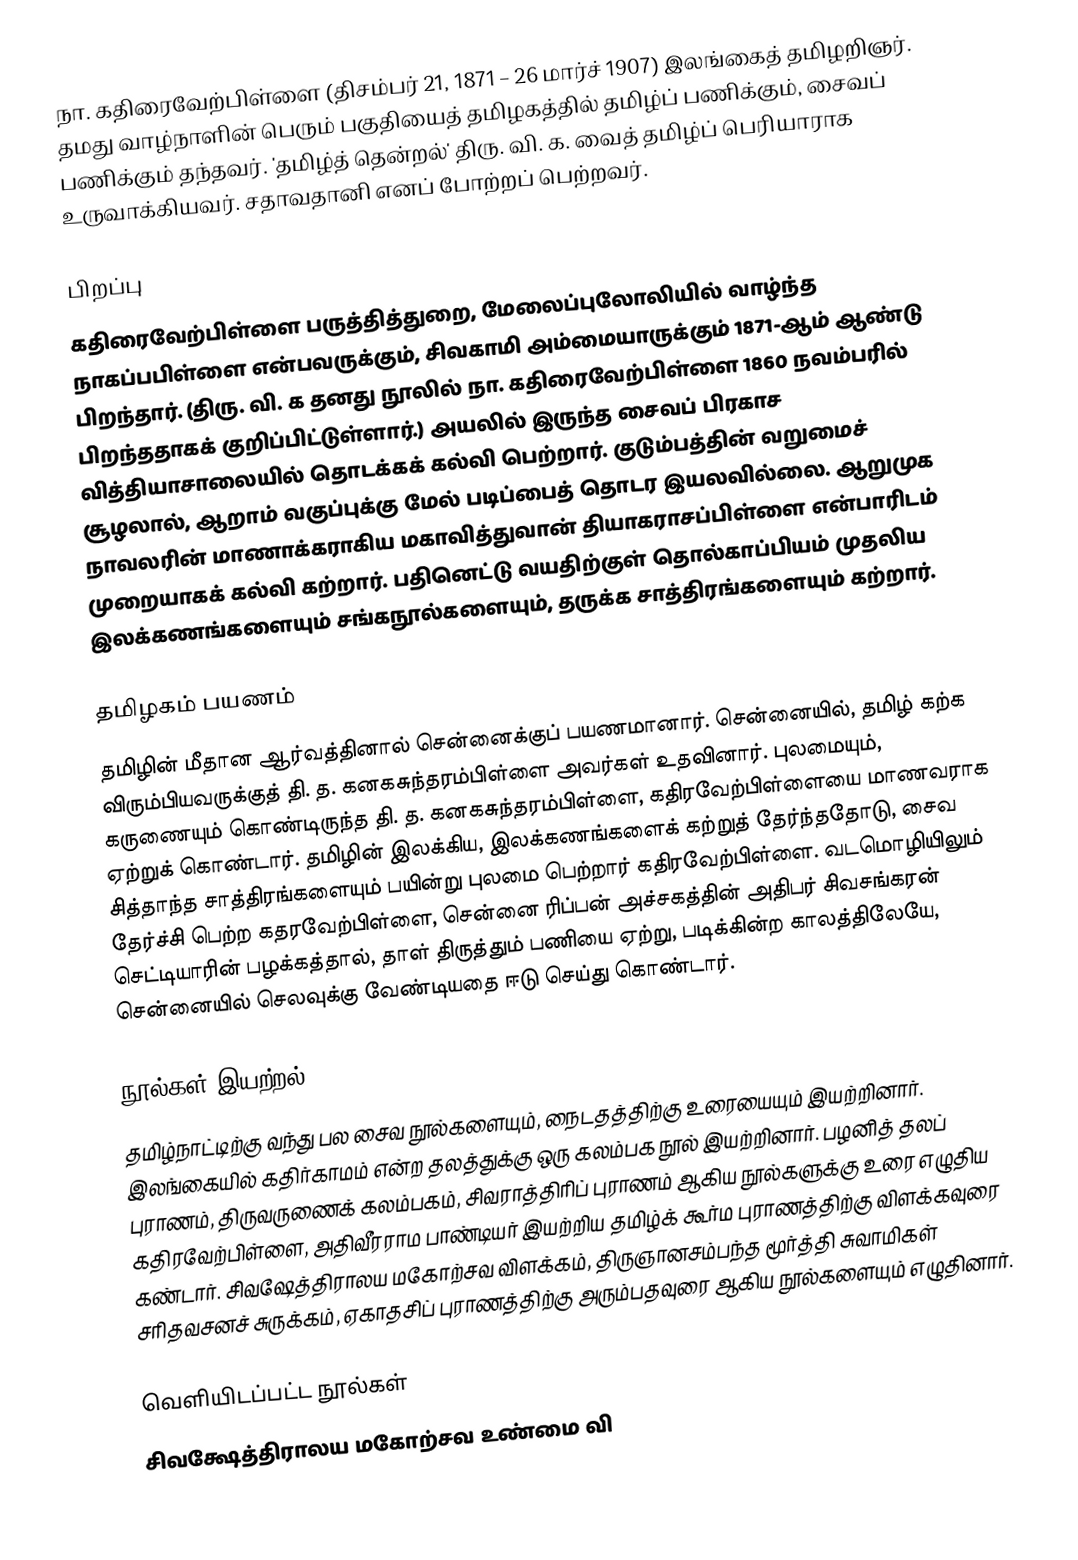
நா. கதிரைவேற்பிள்ளை (திசம்பர் 21, 1871 – 26 மார்ச் 1907) இலங்கைத் தமிழறிஞர். தமது வாழ்நாளின் பெரும் பகுதியைத் தமிழகத்தில் தமிழ்ப் பணிக்கும், சைவப் பணிக்கும் தந்தவர். 'தமிழ்த் தென்றல்' திரு. வி. க. வைத் தமிழ்ப் பெரியாராக உருவாக்கியவர். சதாவதானி எனப் போற்றப் பெற்றவர்.

பிறப்பு
கதிரைவேற்பிள்ளை பருத்தித்துறை, மேலைப்புலோலியில் வாழ்ந்த நாகப்பபிள்ளை என்பவருக்கும், சிவகாமி அம்மையாருக்கும் 1871-ஆம் ஆண்டு பிறந்தார். (திரு. வி. க தனது நூலில் நா. கதிரைவேற்பிள்ளை 1860 நவம்பரில் பிறந்ததாகக் குறிப்பிட்டுள்ளார்.) அயலில் இருந்த சைவப் பிரகாச வித்தியாசாலையில் தொடக்கக் கல்வி பெற்றார். குடும்பத்தின் வறுமைச் சூழலால், ஆறாம் வகுப்புக்கு மேல் படிப்பைத் தொடர இயலவில்லை. ஆறுமுக நாவலரின் மாணாக்கராகிய மகாவித்துவான் தியாகராசப்பிள்ளை என்பாரிடம் முறையாகக் கல்வி கற்றார். பதினெட்டு வயதிற்குள் தொல்காப்பியம் முதலிய இலக்கணங்களையும் சங்கநூல்களையும், தருக்க சாத்திரங்களையும் கற்றார்.

தமிழகம் பயணம்
தமிழின் மீதான ஆர்வத்தினால் சென்னைக்குப் பயணமானார். சென்னையில், தமிழ் கற்க விரும்பியவருக்குத் தி. த. கனகசுந்தரம்பிள்ளை அவர்கள் உதவினார். புலமையும், கருணையும் கொண்டிருந்த தி. த. கனகசுந்தரம்பிள்ளை, கதிரவேற்பிள்ளையை மாணவராக ஏற்றுக் கொண்டார். தமிழின் இலக்கிய, இலக்கணங்களைக் கற்றுத் தேர்ந்ததோடு, சைவ சித்தாந்த சாத்திரங்களையும் பயின்று புலமை பெற்றார் கதிரவேற்பிள்ளை. வடமொழியிலும் தேர்ச்சி பெற்ற கதரவேற்பிள்ளை, சென்னை ரிப்பன் அச்சகத்தின் அதிபர் சிவசங்கரன் செட்டியாரின் பழக்கத்தால், தாள் திருத்தும் பணியை ஏற்று, படிக்கின்ற காலத்திலேயே, சென்னையில் செலவுக்கு வேண்டியதை ஈடு செய்து கொண்டார்.

நூல்கள் இயற்றல்
தமிழ்நாட்டிற்கு வந்து பல சைவ நூல்களையும், நைடதத்திற்கு உரையையும் இயற்றினார். இலங்கையில் கதிர்காமம் என்ற தலத்துக்கு ஒரு கலம்பக நூல் இயற்றினார். பழனித் தலப் புராணம், திருவருணைக் கலம்பகம், சிவராத்திரிப் புராணம் ஆகிய நூல்களுக்கு உரை எழுதிய கதிரவேற்பிள்ளை, அதிவீரராம பாண்டியர் இயற்றிய தமிழ்க் கூர்ம புராணத்திற்கு விளக்கவுரை கண்டார். சிவஷேத்திராலய மகோற்சவ விளக்கம், திருஞானசம்பந்த மூர்த்தி சுவாமிகள் சரிதவசனச் சுருக்கம், ஏகாதசிப் புராணத்திற்கு அரும்பதவுரை ஆகிய நூல்களையும் எழுதினார்.

வெளியிடப்பட்ட நூல்கள்
சிவக்ஷேத்திராலய மகோற்சவ உண்மை வி